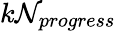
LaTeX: k\mathcal{N}_{progress}